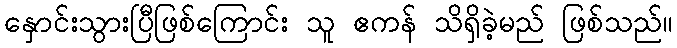
နှောင်းသွားပြီဖြစ်ကြောင်း သူ ဧကန် သိရှိခဲ့မည် ဖြစ်သည်။